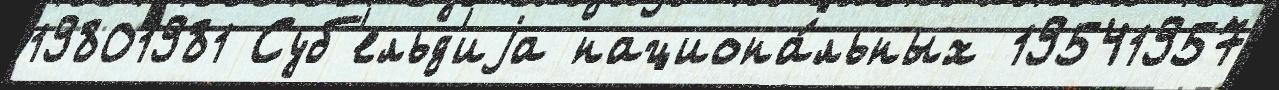
19801981 Суб'ельд'иjа национа́льных 19541957